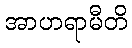
အာဟရာမီတိ